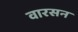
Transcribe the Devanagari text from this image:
वारसन